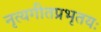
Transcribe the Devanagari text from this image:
नृत्यगीतप्रभृतयः